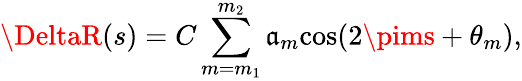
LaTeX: \DeltaR(s)=C\sum_{m=m_{1}}^{m_{2}}\mathfrak{a}_{m}\mathrm{{cos}}(2\pims+\theta_{m}),